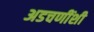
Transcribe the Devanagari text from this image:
अडचणींशी